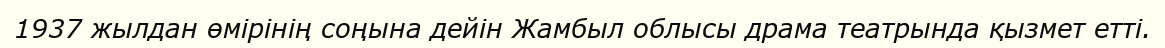
1937 жылдан өмірінің соңына дейін Жамбыл облысы драма театрында қызмет етті.